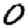
Digit: 0